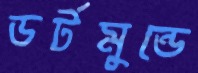
ডর্টমুন্ডে